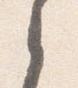
之